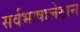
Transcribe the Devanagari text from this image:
सर्वभाषालेखन